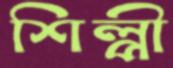
শিল্পী